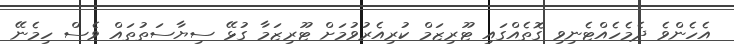
އެހެންވެ ދެމެހެއްޓެނިވި ގޮތެއްގައި ޓޫރިޒަމް ކުރިއެރުވުމަށް ޓޫރިޒަމާ ގުޅޭ ސިޔާސަތުތައް ވެސް ހިމެނޭ